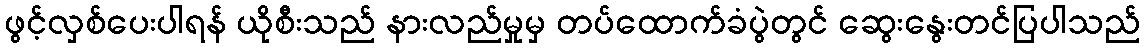
ဖွင့်လှစ်ပေးပါရန် ယိုစီးသည် နားလည်မှုမှ တပ်ထောက်ခံပွဲတွင် ဆွေးနွေးတင်ပြပါသည်